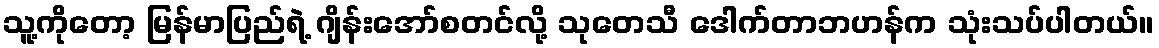
သူ့ကိုတော့ မြန်မာပြည်ရဲ့ ဂျိန်းအော်စတင်လို့ သုတေသီ ဒေါက်တာဘဟန်က သုံးသပ်ပါတယ်။